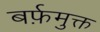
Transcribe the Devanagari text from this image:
बर्फ़मुक्त